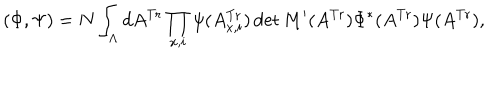
( \Phi , \Psi ) = N \int _ { \Lambda } d A ^ { \mathrm { T r } } \prod _ { x , i } \psi ( A _ { x , i } ^ { \mathrm { T r } } ) \det M ^ { \prime } ( A ^ { \mathrm { T r } } ) \Phi ^ { * } ( A ^ { \mathrm { T r } } ) \Psi ( A ^ { \mathrm { T r } } ) ,